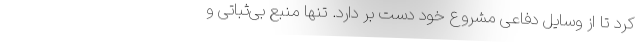
کرد تا از وسایل دفاعی مشروع خود دست بر دارد. تنها منبع بی‌ثباتی و